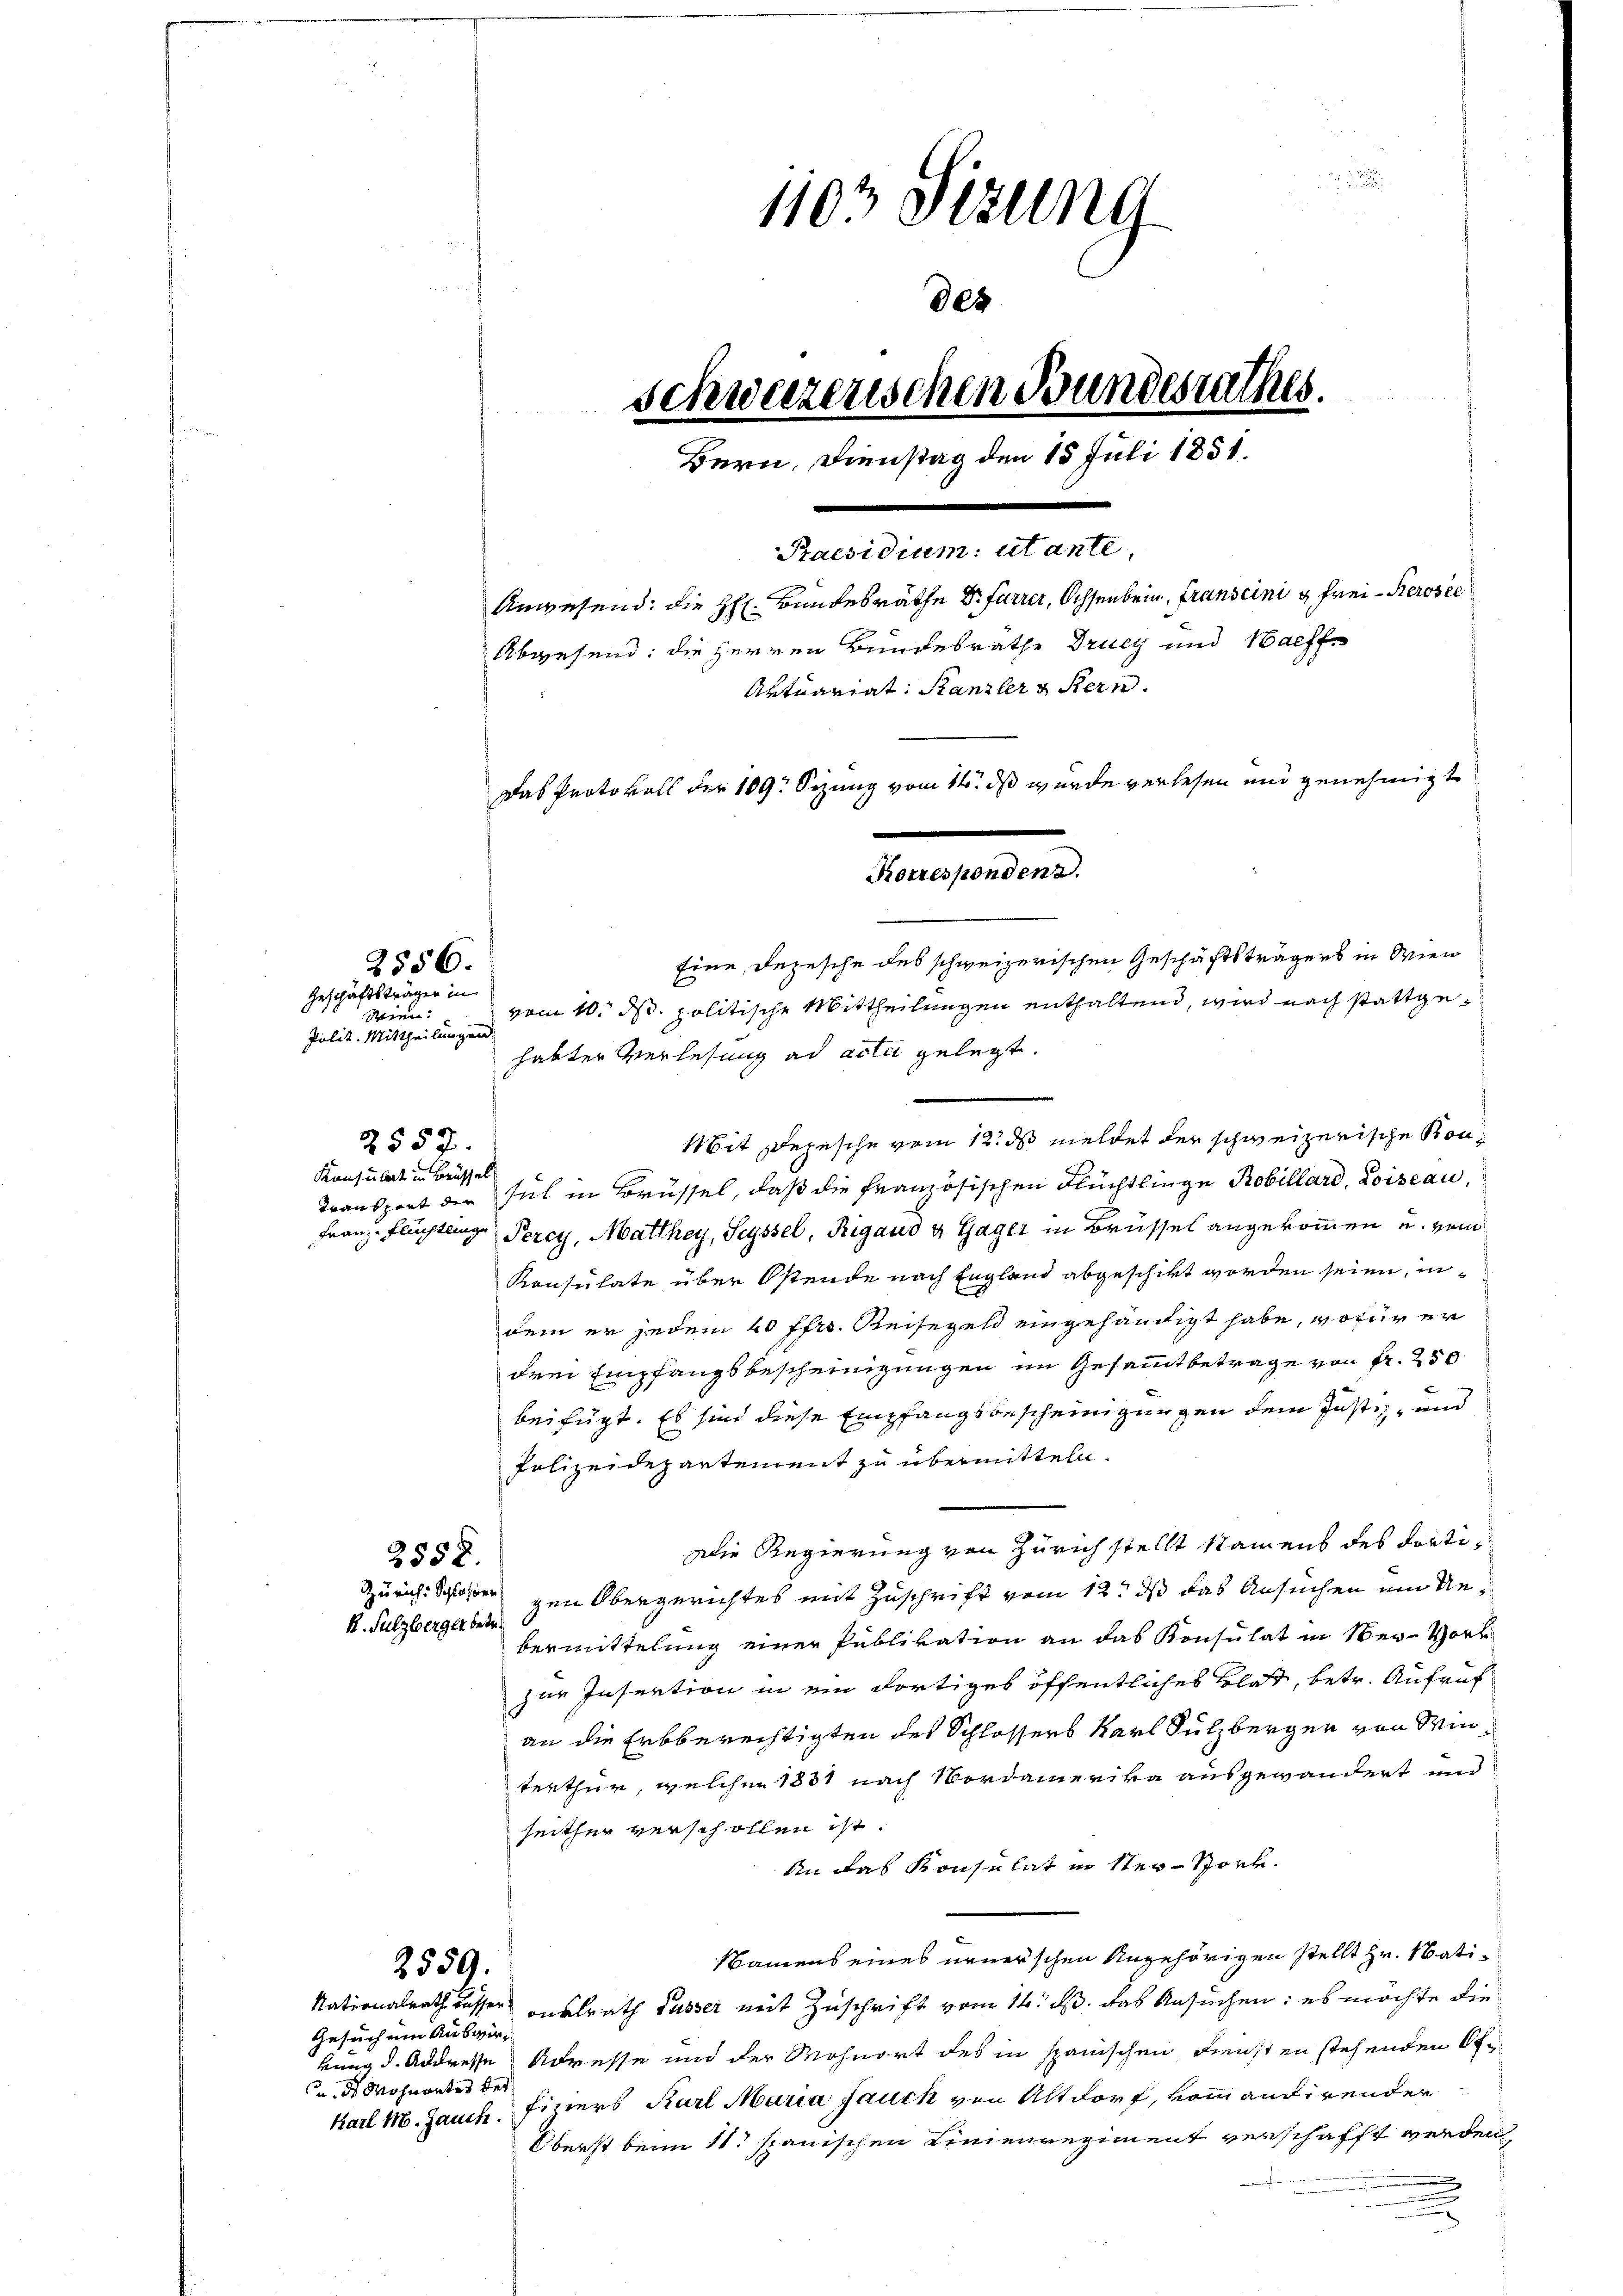
Wien.
Pulit. Mittheilungen.

habter Verlesung ad acta gelegt.
)
Mit Depesche vom 12. ds meldet der schweizerische Bon¬
2557
Konsulat in Brüssel
Transport der sich in Brüssel, daß die französischen Flüchtlinge Robillard, Loiseau,
Franz Flüchtling Percy, Matthey, Seyssel, Rigaud u. Gager in Brüssel angekommen u. von
Konsulate über Ostende nach England abgeschikt worden seien, indem er jedem 40 ffr. Reisegeld eingehändigt habe, wofür er
drei Empfangsbescheinigungen im Gesammtbetrage von fr. 250
beifügt. Es sind diese Empfangsbescheinigungen dem Justiz- und
Polizeidepartement zu übermitteln.
Die Regierung von Zürich stellt stamens des dorti¬
2552.
Zürich: Schloßer gen Obergerichtes mit Zuschrift vom 12. ds das Ansuchen um Un¬
K. Sulzberger betr.
bermittelung einer Publikation an das Konsulat in Ner-Vorl
zur Insertion in ein dortiges öffentliches Blatt, betr. Aufruf
an die Erbberechtigten des Schlossers Karl Sulzberger von Winterthur, welcher 1881 nach Vordamerika ausgewandert und
seither verschollen ist.
An das Konsulat in Ner-Stock.
Namens eines neuerschen Angehörigen stellt Hr. Nati¬
2559.
Nationalrath desser vielrath Fusser mit Zuschrift vom 14. ds. das Ansuchen: es möchte die
Gesuch um Auswir-
kung d. Addresse Adresse und der Mohnort des in spanischen Diensten stehenden Of
n ds Wohnortes der
Karl M. Jauch Einers Karl Maria Jauch von Altdorf, vom andirender
Oberst beim 11 spanischen Linienregiment verschafft werden,
.

2556.
Geschäftsträgen in

1103 Otzung
des
Schweizerischen Bundesrathes.
Bern, Dienstag den 15 Juli 1851.
Praesidium: utante,
Anwesend: die Hr. Bundesräthe Dr. Furrer, Ochsenbein, franscini u. Frei-Kerosec
Abwesend: die Herren Bundesrathe Drucy und Haff¬
Artuariat. Kanzler & Stern.
Das Protokoll der 109. Sizung vom 14. ds wurde verlesen und genehmigt
Samstanden
Eine Depesche des schweizerischen Geschäftsträgers in Wien
vom 10. ds. politische Mittheilungen enthaltend, wird nach stattge¬